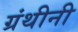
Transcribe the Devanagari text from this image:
ग्रंथीनी